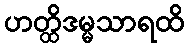
ဟတ္ထိဒမ္မသာရထိ